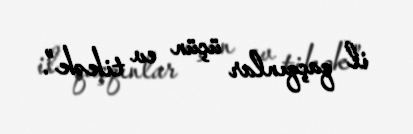
il qaçqınlar üçün ev tikək”.